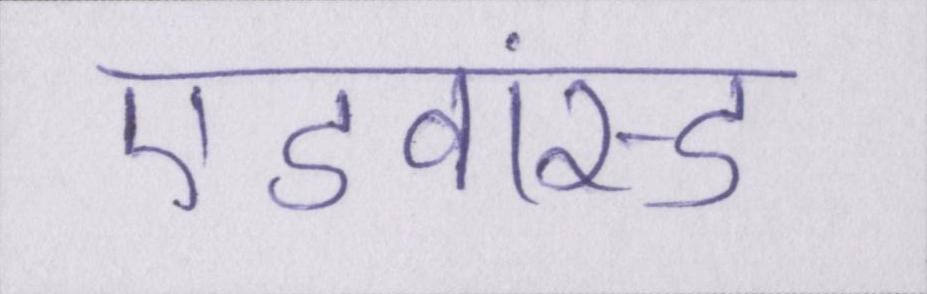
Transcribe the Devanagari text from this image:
एडवांस्ड